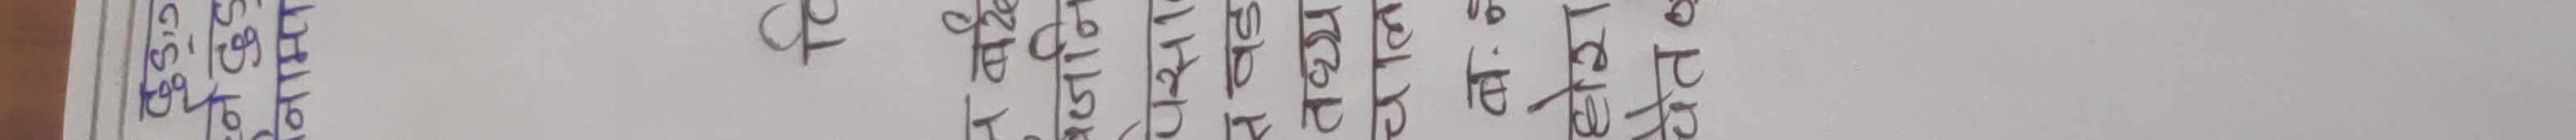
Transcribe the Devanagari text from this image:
१०/१०/२२
११/१०/२२
१२/१०/२२
१३/१०/२२
१४/१०/२२
१५/१०/२२
१६/१०/२२
१७/१०/२२
१८/१०/२२
कृषि
केन्द्र
कार्यालय
क्रम
कार्यक्रम
केस
कारबाही
कुरा
काम
कैफियत
को
कानुन
कोष
कल्पना
कानून
कोशिश
काम
कार्यकारी
केन्द्रीय
कष्टकर